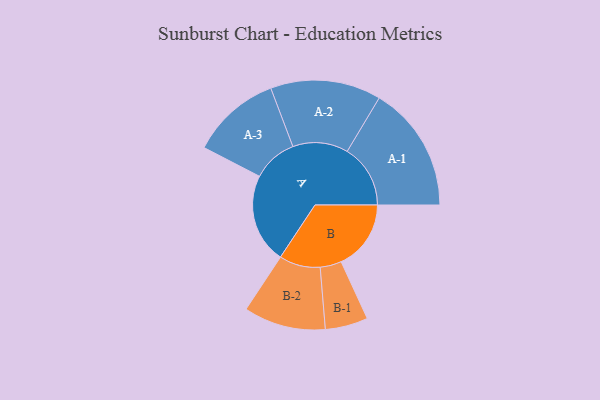
{"axis": {"x": "Segment", "y": "Value"}, "legend": ["", "A", "B"], "data": [{"x": "A", "y": 420, "type": ""}, {"x": "B", "y": 327, "type": ""}, {"x": "A-1", "y": 296, "type": "A"}, {"x": "A-2", "y": 259, "type": "A"}, {"x": "A-3", "y": 210, "type": "A"}, {"x": "B-1", "y": 100, "type": "B"}, {"x": "B-2", "y": 192, "type": "B"}]}